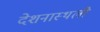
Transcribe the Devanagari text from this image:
देशनास्थली